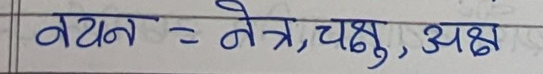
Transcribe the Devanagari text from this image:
वयन = नेत्र, चक्षु, अक्ष